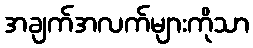
အချက်အလက်များကိုသာ